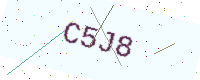
Text: C5J8